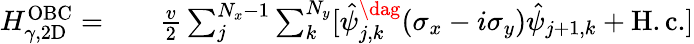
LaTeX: \begin{array}{rlr}{H_{\gamma,\mathrm{2D}}^{\mathrm{OBC}}=}&{{}}&{\frac{v}{2}\sum_{j}^{N_{x}-1}\sum_{k}^{N_{y}}[\hat{\psi}_{j,k}^{\dag}(\sigma_{x}-i\sigma_{y})\hat{\psi}_{j+1,k}+\mathrm{H.c.}]}\end{array}